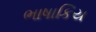
ભાષાકિય